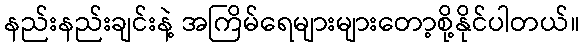
နည်းနည်းချင်းနဲ့ အကြိမ်ရေများများတော့စို့နိုင်ပါတယ်။